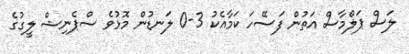
ލަސް ޕަލްމާސް އަތުން ފަސޭހަ ކަމާއެކު 3-0 ލަނޑުން މޮޅުވެ ސްޕެނިޝް ލީގުގެ